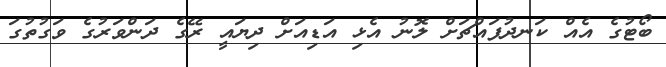
ބޯޓުގެ އެއް ކަނދުފައްޗަށް ލޮނު އެޅި އަޑިއަށް ދިޔައީ ރޭގެ ދަންވަރުގެ ވަގުތުގަ